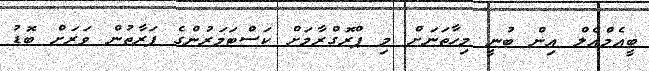
ބީއެމްއެލް އިން ބުނީ މިހާތަނަށް މި ޕްރޮގްރާމަށް ކަސްޓަމަރުންގެ ފަރާތުން ވަރަށް ބޮޑު